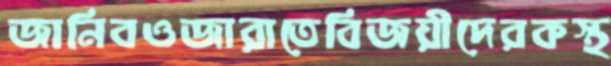
জানিবওজারাতেবিজয়ীদেরকস্থ